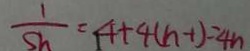
\frac { 1 } { S h } = 4 + 4 ( n - 1 ) = 4 n